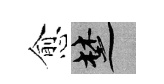
愈楚